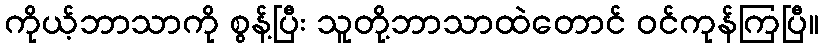
ကိုယ့်ဘာသာကို စွန့်ပြီး သူတို့ဘာသာထဲတောင် ဝင်ကုန်ကြပြီ။